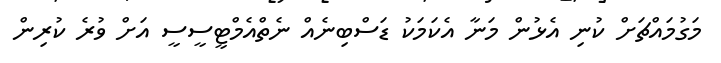
މަގުމައްޗަށް ކުނި އެޅުން މަނާ އެކަމަކު ޑަސްބިނެއް ނެތްއެމްޓީސީސީ އަށް ވުރެ ކުރިން